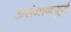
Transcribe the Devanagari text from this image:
असंमानपूर्ण